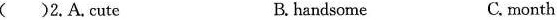
2.A.Cute B. handsome C.month